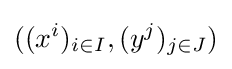
((x^{i})_{i\in I},(y^{j})_{j\in J})